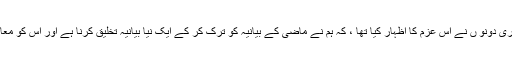
نیشنل ایکشن پلا ن کی تشکیل کے وقت قومی قیادت، سول اور ملٹری دونو ں نے اِس عزم کا اظہار کیا تھا ، کہ ہم نے ماضی کے بیانیہ کو ترک کر کے ایک نیا بیانیہ تخلیق کرنا ہے اور اس کو معا شرے میں فروغ دے کر ایک نئے معاشر ے کو تخلیق کرنا ہے۔